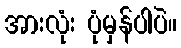
အားလုံး ပုံမှန်ပါပဲ။